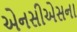
એનસીએસના